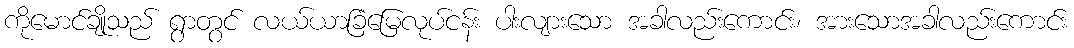
ကိုမောင်ချိုသည် ရွာတွင် လယ်ယာခြံမြေလုပ်ငန်း ပါးလျားသော အခါလည်းကောင်း၊ အားသောအခါလည်းကောင်း